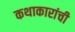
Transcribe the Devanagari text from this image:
कथाकारांची